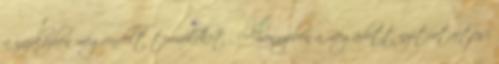
a napközben megrendelt termékeket . Amennyiben a megadott nyitvatartási